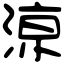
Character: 鿌